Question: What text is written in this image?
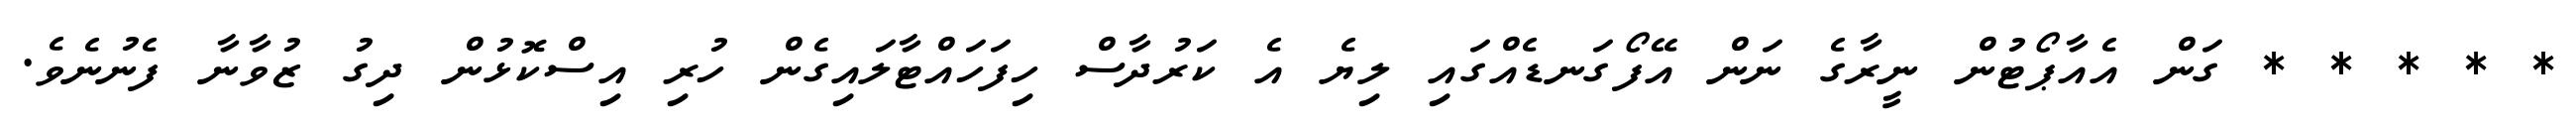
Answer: * * * * * ގަން އެއާޕޯޓުން ނީރާގެ ނަން އޭފޯގަނޑެއްގައި ލިޔެ އެ ކަރުދާސް ހިފަހައްޓާލައިގެން ހުރި އިސްކޮޅުން ދިގު ޒުވާނާ ފެނުނެވެ.